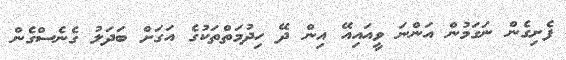
ފެށިގެން ނަގަމުން އަންނަ ވީއައިއޭ އިން ދޭ ހިދުމަތްތަކުގެ އަގަށް ބަދަލު ގެނެސްގެން